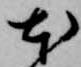
本